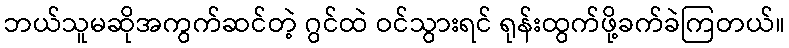
ဘယ်သူမဆိုအကွက်ဆင်တဲ့ ဂွင်ထဲ ဝင်သွားရင် ရုန်းထွက်ဖို့ခက်ခဲကြတယ်။